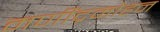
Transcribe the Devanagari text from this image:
मणींद्रमोहन